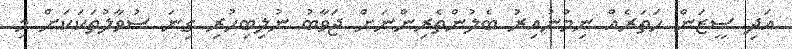
އަދި ސީޒަން ހަތަރެއް ނިމުނުއިރު ބެލުންތެރިންނަށް ޖަވާބު ނުލިބިހުރި ގިނަ ސުވާލުތަކަކަށް މި